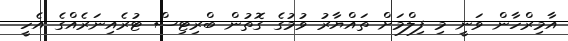
އާމިރްހާން ވަނީ މި ފިލްމަށް ތައްޔާރު ވުމުގެ ގޮތުން ބްރިޓިސް ޓުރެއިނަރެއްގެ އެހީ